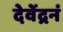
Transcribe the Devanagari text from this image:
देवेंद्रनं